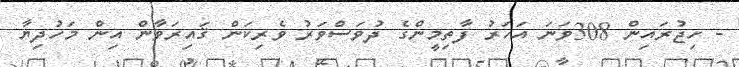
- ހިޖުރައިން 308ވަނަ އަހަރު ފާތިމީންގެ ދުވަސްވަރު ވެރިކަން ޤައިރަވާން އިން މަހުދިޔާ